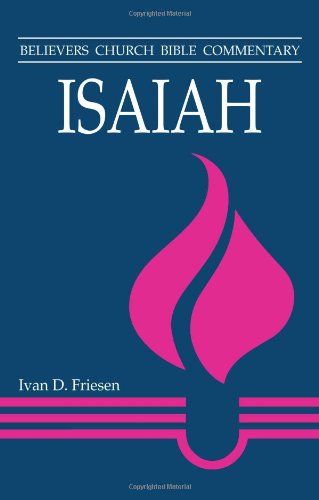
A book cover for Isaiah (Believers Church Bible Commentary); Ivan D Friesen; Christian Books & Bibles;